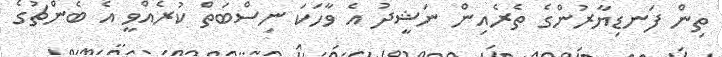
ތިން ފަނޑިޔާރުންގެ ތެރެއިން ނަޝީދު އެ ވާހަކަ ނިސްބަތް ކުރެއްވީ އެ ބެންޗުގެ